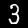
Digit: 3